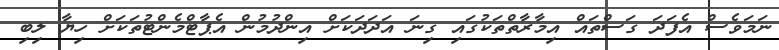
ނަމަވެސް އެފަދަ ގަސްތައް އިމާރާތްތަކުގައި ގިނަ އަދަދަކަށް އިންދުމުން އެޕާޓްމެންޓުތަކަށް ހިޔާ ލިބި